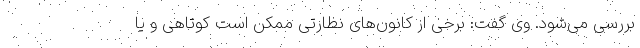
بررسی می‌شود. وی گفت: برخی از کانون‌های نظارتی ممکن است کوتاهی و یا